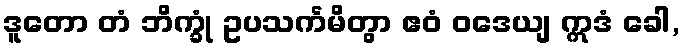
ဒူတော တံ ဘိက္ခုံ ဥပသင်္ကမိတွာ ဧဝံ ဝဒေယျ ဣဒံ ခေါ,